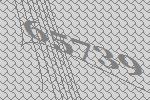
65739